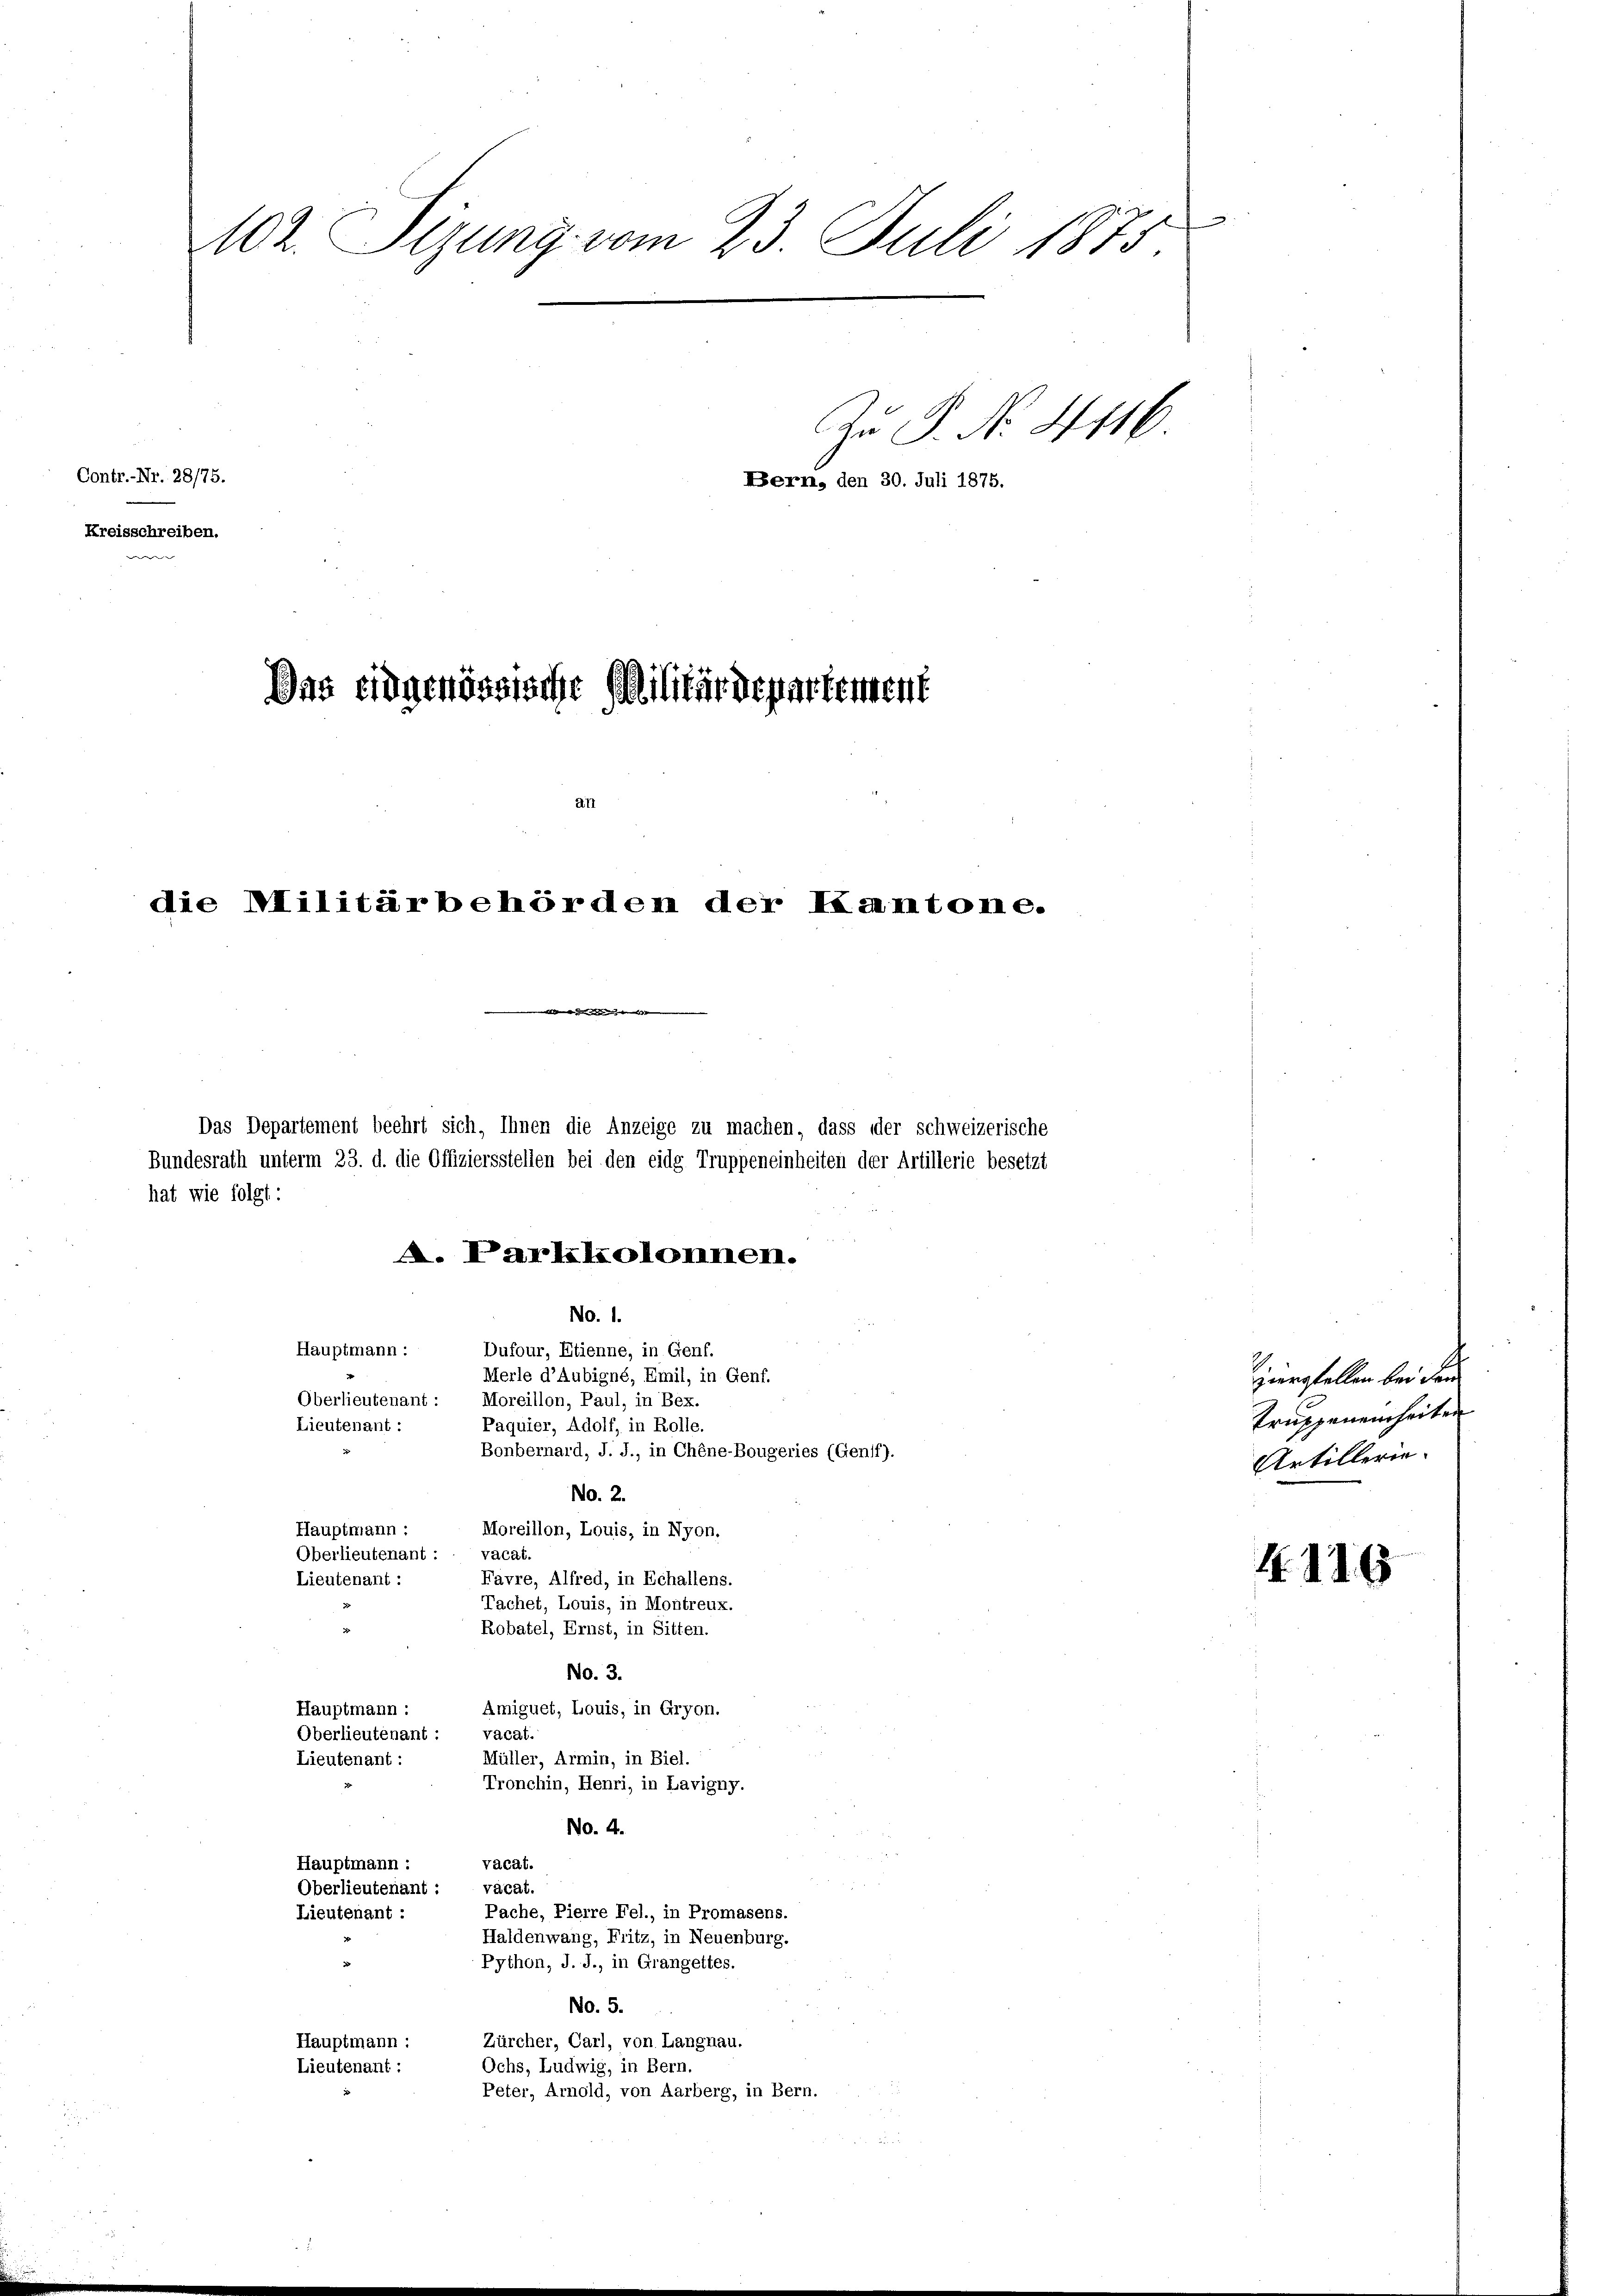
.
402. Sirung vom 23. Juli 1875.
Zu P. Nr. 4116
Contr.-Nr. 28/75.
Bern, den 30. Juli 1875.
Kreisschreiben.
Dns eidgenössische Militärdepartement

die Militärbehörden der Kantone.

Das Departement beehrt sich, Ihnen die Anzeige zu machen, dass der schweizerische
Bundesrath unterm 23. d. die Offiziersstellen bei den eidg Truppeneinheiten der Artillerie besetzt
hat wie folgt:
A. Parkkolonnen.
No. 1.
Hauptmann :
Dufour, Etienne, in Genf.
Merle d’Aubigné, Emil, in Genf.
Oberlieutenant: Moreillon, Paul, in Bex.
Lieutenant :
Paquier, Adolf, in Rolle.
Bonbernard, J. J., in Chêne-Bougeries (Genff).
No. 2.
Hauptmann:
Moreillon, Louis, in Nyon.
vacat.
Oberlieutenant :
Favre, Alfred, in Echallens.
Lieutenant :
Tachet, Louis, in Montreux.
Robatel, Ernst, in Sitten.
No. 3.
Amiguet, Louis, in Gryon.
Hauptmann :
Oberlieutenant :
vacat.
Lieutenant :
Müller, Armin, in Biel.
Tronchin, Henri, in Lavigny.
No. 4.
vacat.
Hauptmann :
väcat.
Oberlieutenant :
Pache, Pierre Fel., in Promasens.
Lieutenant :
Haldenwang, Fritz, in Neuenburg.
Python, J. J., in Grangettes.
No. 5.
Zürcher, Carl, von Langnau.
Hauptmann :
Ochs, Ludwig, in Bern.
Lieutenant :
Peter, Arnold, von Aarberg, in Bern.

zierstellen bei dem
Truppeneinheiten
Artillerie-

4116